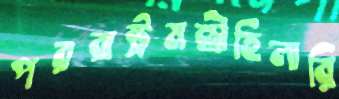
পররাষ্ট্রমন্ত্রীহিলারি